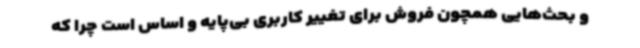
و بحث‌هایی همچون فروش برای تغییر کاربری بی‌پایه و اساس است چرا که